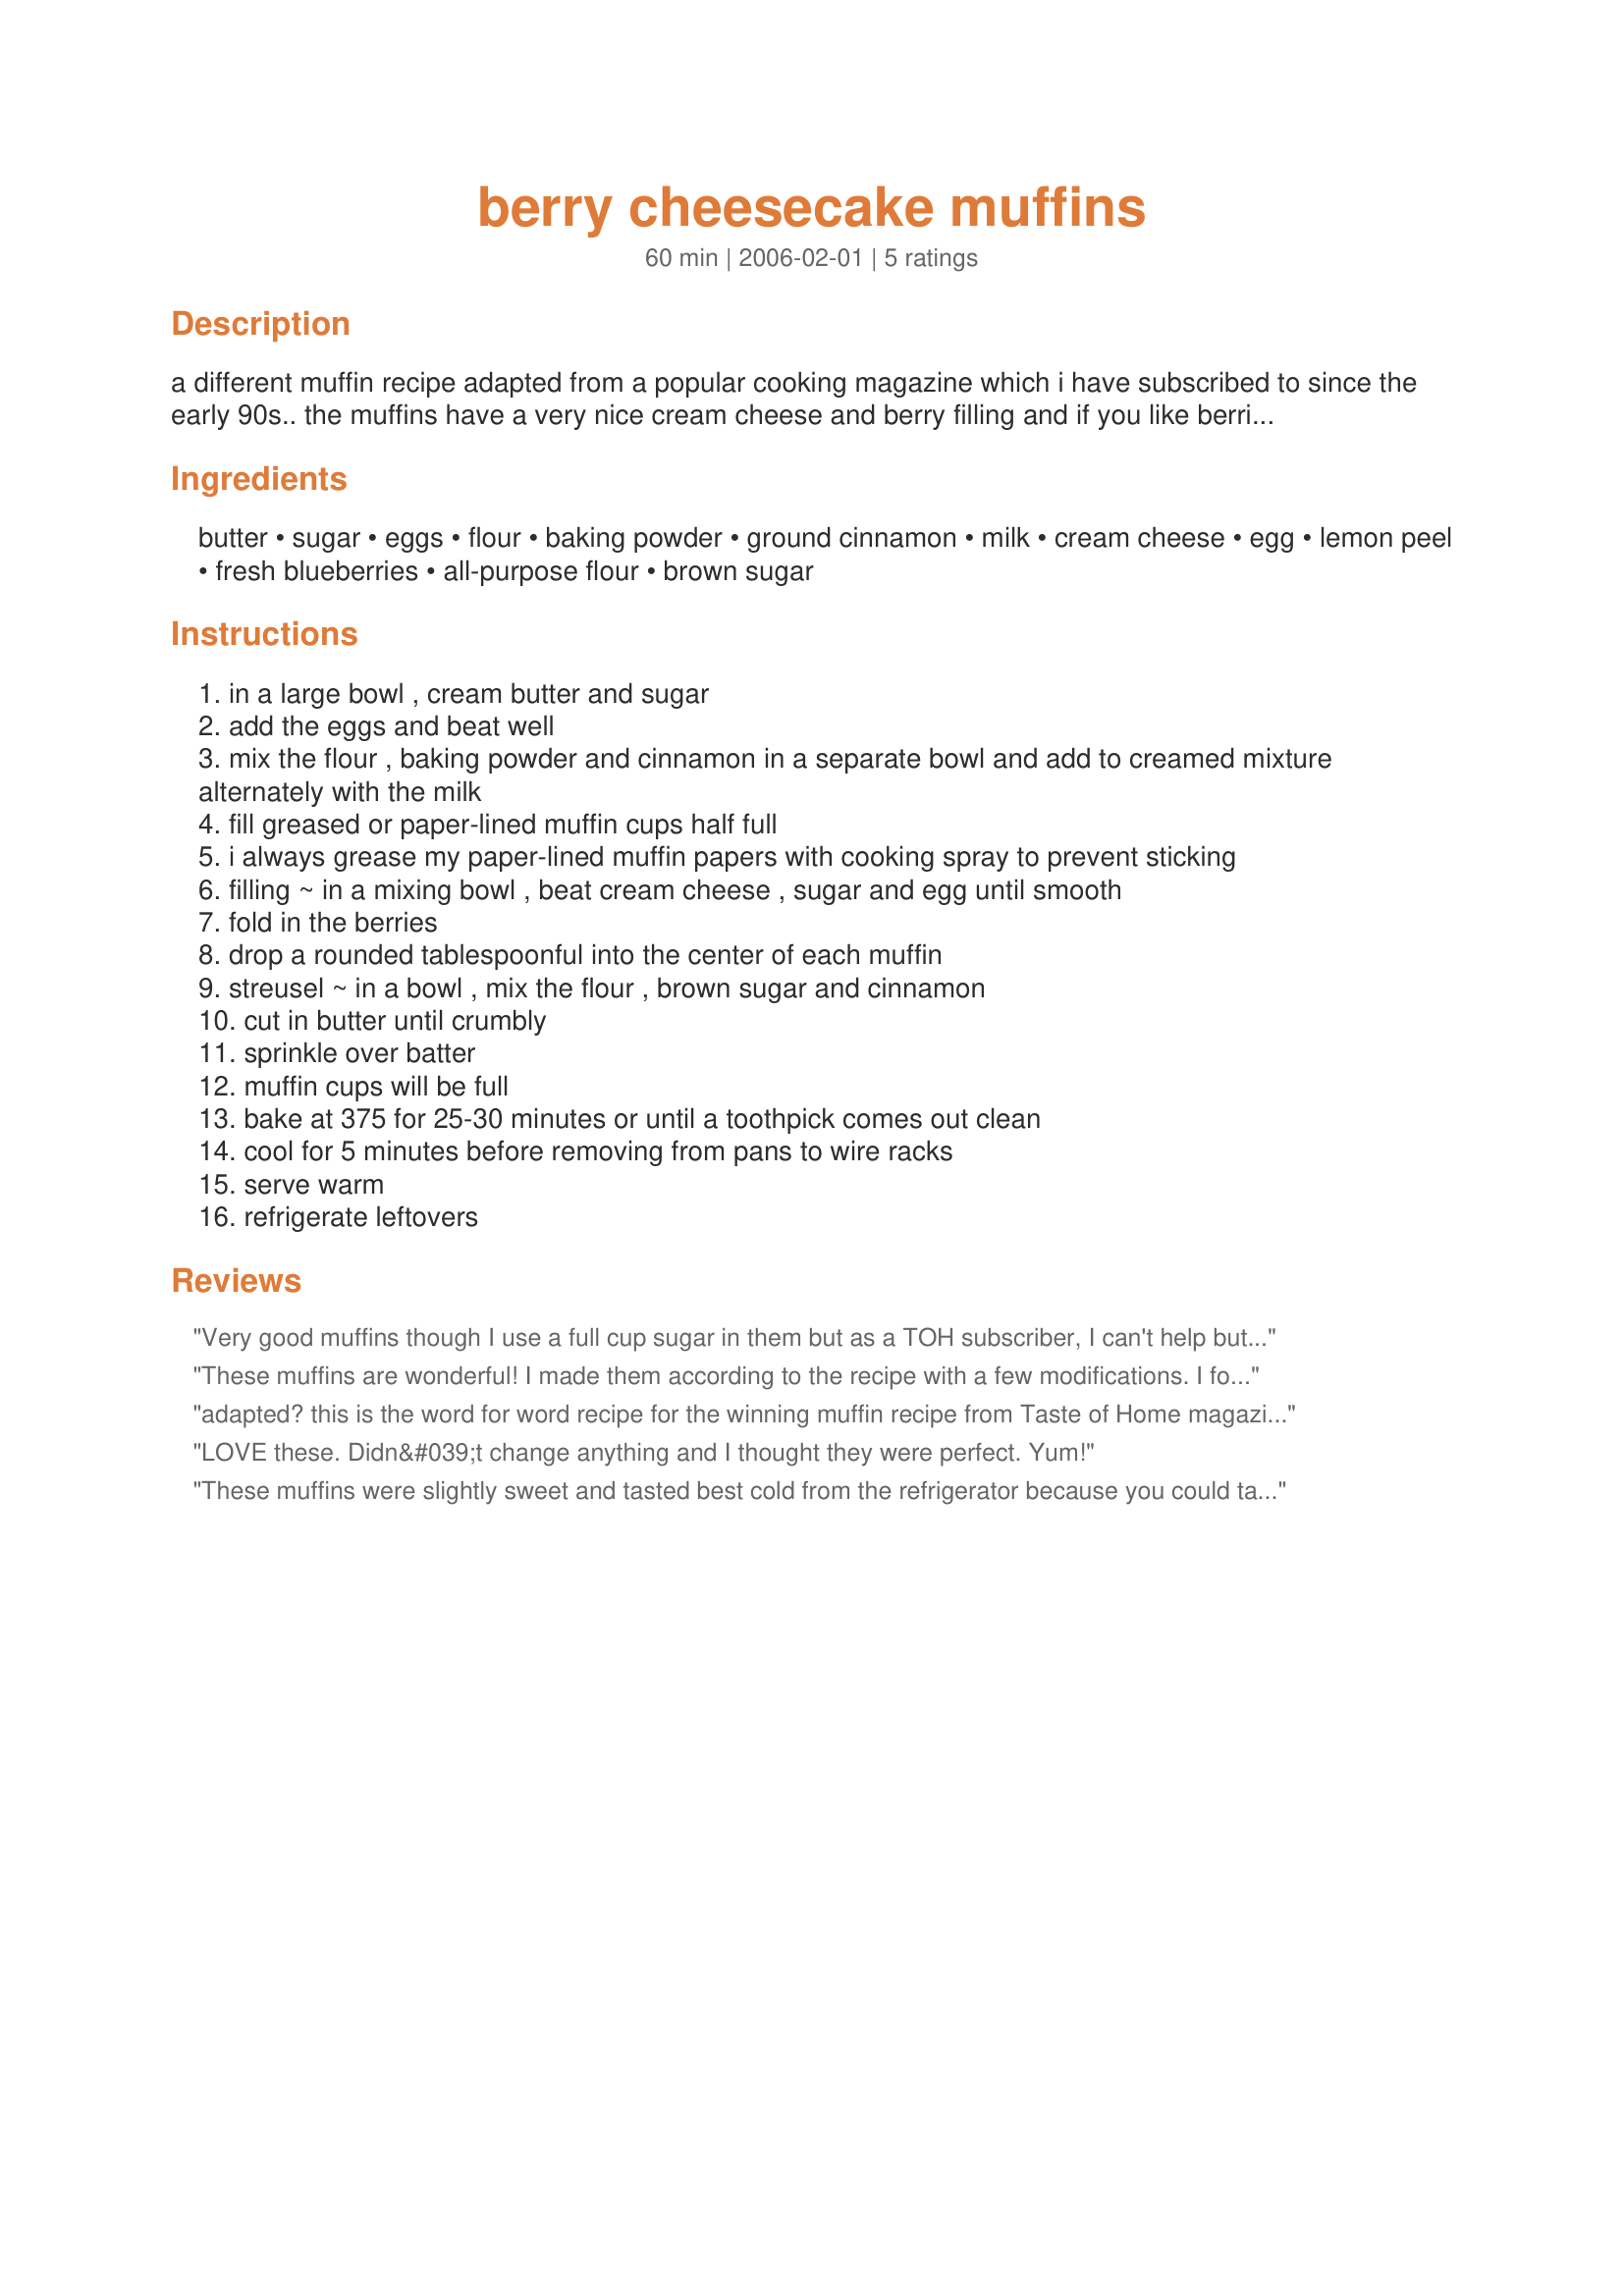
berry cheesecake muffins
Preparation time: 60 minutes

a different muffin recipe adapted from a popular cooking magazine which i have subscribed to since the early 90s.. the muffins have a very nice cream cheese and berry filling and if you like berries throughout the muffin, this isn't for you. i don't think i would use frozen berries for this one. thanks to janet for reminding me to post my changes which have been in my notes forever. since i did make a couple of changes and it is not the exact same recipe, i will leave it as "adapted" .

Ingredients:
butter, sugar, eggs, flour, baking powder, ground cinnamon, milk, cream cheese, egg, lemon peel, fresh blueberries, all-purpose flour, brown sugar

Steps:
in a large bowl , cream butter and sugar
add the eggs and beat well
mix the flour , baking powder and cinnamon in a separate bowl and add to creamed mixture alternately with the milk
fill greased or paper-lined muffin cups half full
i always grease my paper-lined muffin papers with cooking spray to prevent sticking
filling ~ in a mixing bowl , beat cream cheese , sugar and egg until smooth
fold in the berries
drop a rounded tablespoonful into the center of each muffin
streusel ~ in a bowl , mix the flour , brown sugar and cinnamon
cut in butter until crumbly
sprinkle over batter
muffin cups will be full
bake at 375 for 25-30 minutes or until a toothpick comes out clean
cool for 5 minutes before removing from pans to wire racks
serve warm
refrigerate leftovers

Reviews:
Very good muffins though I use a full cup sugar in them but as a TOH subscriber, I can't help but ask you to please not use the word adapted for something that has not undergone any changes. It's very misleading.
These muffins are wonderful! I made them according to the recipe with a few modifications. I folded about 1/4 C sliced blackberries into the muffin batter. I also used a few sliced strawberries, raspberries, blueberries and blackberries in the cream cheese filling. I used a splash of lemon juice in place of the lemon rind. I only used about 1/4 of the struessel topping because it seemed that they were already going to be very sweet. They were sweet, but deliciuos! I will decrease the amount of sugar in the batter next time I make these. Thanks for posting!
adapted? this is the word for word recipe for the winning muffin recipe from Taste of Home magazine 2/2006. The muffins were very good, but with a dense crumb and not enough of a cheesecake flavor. I also prefer my muffins with the fruit all the way through, not just in the caps- as these were.
LOVE these. Didn&#039;t change anything and I thought they were perfect. Yum!
These muffins were slightly sweet and tasted best cold from the refrigerator because you could taste the cheescake part better. I would recommend using paper muffin liners because they fell apart easily when warm. Enjoyed these, but would probably want to make adjusts next time(more sugar?).
